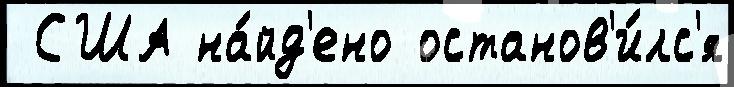
 США на́йд'ено останов'и́лс'я